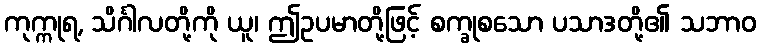
ကုက္ကုရ, သိင်္ဂါလတို့ကို ယူ၊ ဤဥပမာတို့ဖြင့် စက္ခုစသော ပသာဒတို့၏ သဘာဝ